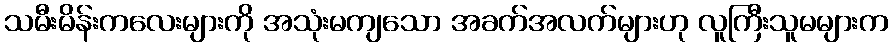
သမီးမိန်းကလေးများကို အသုံးမကျသော အခက်အလက်များဟု လူကြီးသူမများက